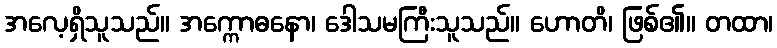
အလေ့ရှိသူသည်။ အက္ကောဓနော၊ ဒေါသမကြီးသူသည်။ ဟောတိ၊ ဖြစ်၏။ တထာ၊